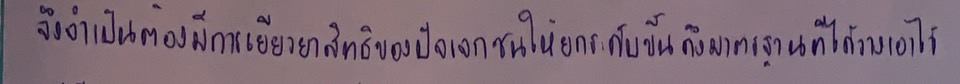
จึงจำเป็นต้องมีการเยียวยาสิทธิของปัจเจกชนให้ยกระดับขึ้นถึงมาตรฐานที่ได้วางเอาไว้